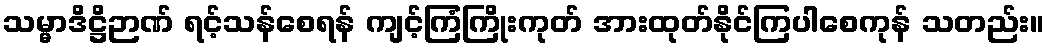
သမ္မာဒိဋ္ဌိဉာဏ် ရင့်သန်စေရန် ကျင့်ကြံကြိုးကုတ် အားထုတ်နိုင်ကြပါစေကုန် သတည်း။